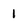
Character: 1